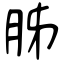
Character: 胏